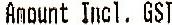
AMOUNT INCL. GST